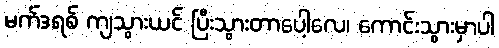
မက်ဒရစ် ကျသွားယင် ပြီးသွားတာပေါ့လေ၊ ကောင်းသွားမှာပါ